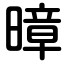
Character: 暲